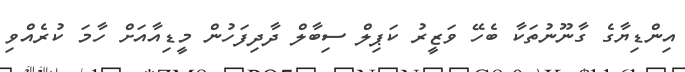
އިންޑިޔާގެ ގާނޫނުތަކާ ބެހޭ ވަޒީރު ކަޕިލް ސިބާލް ދާދިފަހުން މީޑިއާއަށް ހާމަ ކުރެއްވި